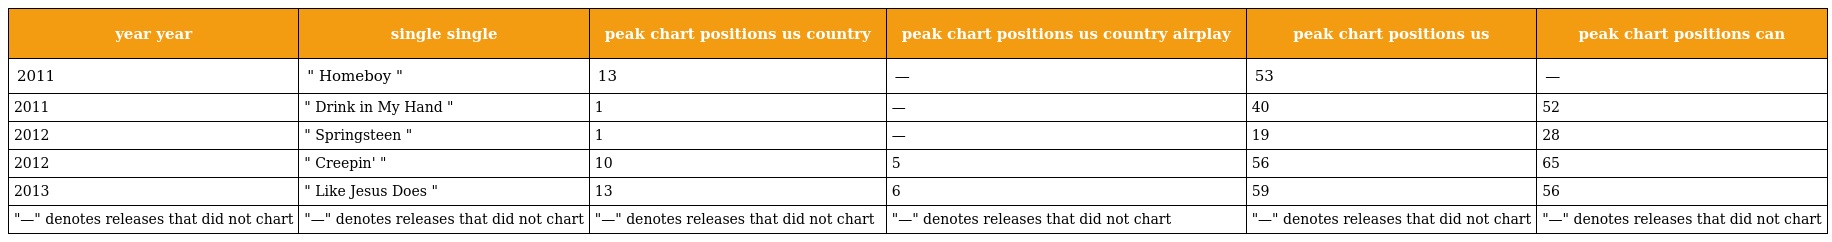
| year year | single single | peak chart positions us country | peak chart positions us country airplay | peak chart positions us | peak chart positions can |
 | --- | --- | --- | --- | --- | --- |
 | 2011 | " Homeboy " | 13 | — | 53 | — |
 | 2011 | " Drink in My Hand " | 1 | — | 40 | 52 |
 | 2012 | " Springsteen " | 1 | — | 19 | 28 |
 | 2012 | " Creepin' " | 10 | 5 | 56 | 65 |
 | 2013 | " Like Jesus Does " | 13 | 6 | 59 | 56 |
 | "—" denotes releases that did not chart | "—" denotes releases that did not chart | "—" denotes releases that did not chart | "—" denotes releases that did not chart | "—" denotes releases that did not chart | "—" denotes releases that did not chart |